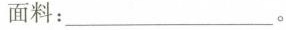
面料：___。